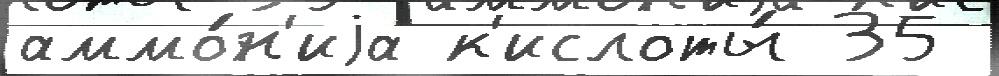
аммо́н'иjа к'ислоты́ 35